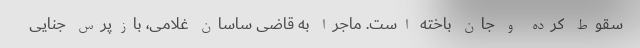
سقوط کرده و جان باخته است. ماجرا به قاضی ساسان غلامی، بازپرس جنایی